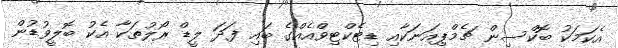
އެކަމަކު ބޮކްސިން ޗެމްޕިއަނަކާއި ޑިޓެކްޓިވްއެއްގެ ބައި ފަދަ ލީޑް ރޯލުތަކާ އެކު ބޮލީވުޑުން